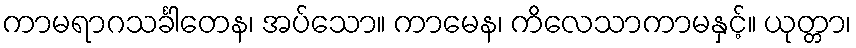
ကာမရာဂသင်္ခါတေန၊ အပ်သော။ ကာမေန၊ ကိလေသာကာမနှင့်။ ယုတ္တာ၊